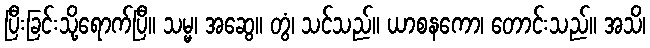
ပြီးခြင်းသို့ရောက်ပြီ။ သမ္မ၊ အဆွေ။ တွံ၊ သင်သည်။ ယာစနကော၊ တောင်းသည်။ အသိ၊